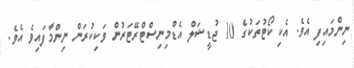
ނިންމައިފި އެވެ. އެކި ކޯޓުތަކުގެ 10 ޖުޑީޝަލް އެޑްމިނިސްޓްރޭޓަރުން ވަކިކުރަން ނިންމާފައިވެ އެވެ.